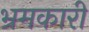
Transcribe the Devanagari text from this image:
भ्रमकारी